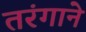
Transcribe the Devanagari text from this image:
तरंगाने